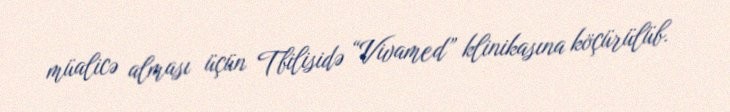
müalicə alması üçün Tbilisidə “Vivamed” klinikasına köçürülüb.